Annual report of the Civil Veterinary Department, Bengal, for the year 1897-98 - 1897-1898
Year: 1897
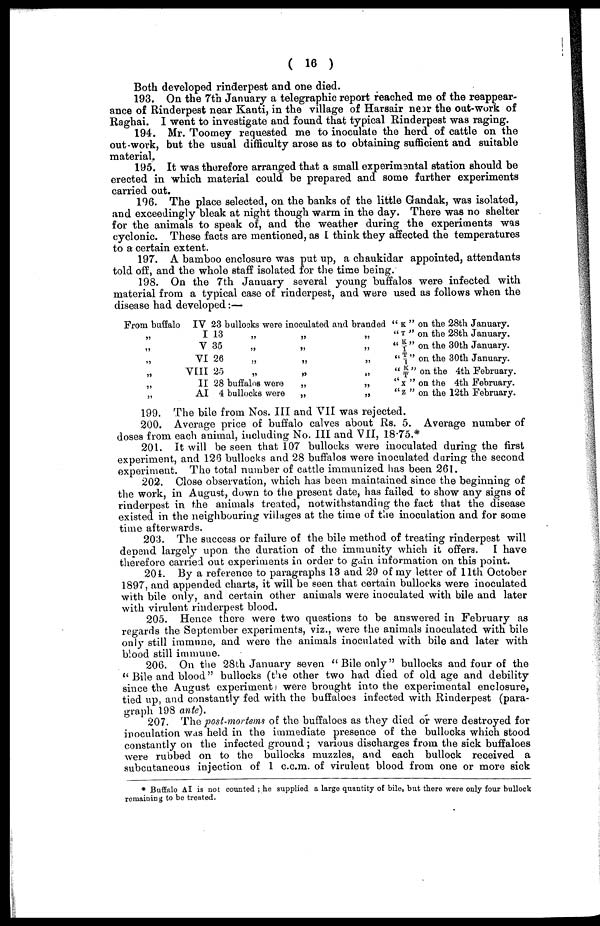
( 16 )
Both developed rinderpest and one died.
193. On the 7th January a telegraphic report reached me of the reappear-
ance of Rinderpest near Kanti, in the village of Harsair near the out-work of
Raghai. I went to investigate and found that typical Rinderpest was raging.
194. Mr. Toomey requested me to inoculate the herd of cattle on the
out-work, but the usual difficulty arose as to obtaining sufficient and suitable
material.
195. It was therefore arranged that a small experimantal station should be
erected in which material could be prepared and some further experiments
carried out.
196. The place selected, on the banks of the little Gandak, was isolated,
and exceedingly bleak at night though warm in the day. There was no shelter
for the animals to speak of, and the weather during the experiments was
cyclonic. These facts are mentioned, as I think they affected the temperatures
to a certain extent.
197. A bamboo enclosure was put up, a chaukidar appointed, attendants
told off, and the whole staff isolated for the time being.
198. On the 7th January several young buffalos were infected with
material from a typical case of rinderpest, and were used as follows when the
disease had developed:—
From buffalo
„
„
„
„
„
„
IV 23 bullocks were inoculated and branded
I 13 „
V 35 „
VI 26 „
VIII 25 „
II 28 buffalos were
AI 4 bullocks were
„
„
„
„
„
„
„
„
„
„
„
„
" K " on the 28th January.
" T " on the 28th January.
"K/T" on the 30th January.
"T/I" on the 30th January.
" K/T" on the 4th February.
"X " on the 4th February.
" Z " on the 12th February.
199. The bile from Nos. III and VII was rejected.
200. Average price of buffalo calves about Rs. 5. Average number of
doses from each animal, including No. III and VII, 18.75.*
201. It will be seen that 107 bullocks were inoculated during the first
experiment, and 126 bullocks and 28 buffalos were inoculated daring the second
experiment. The total number of cattle immunized has been 261.
202. Close observation, which has been maintained since the beginning of
the work, in August, down to the present date, has failed to show any signs of
rinderpest in the animals treated, notwithstanding the fact that the disease
existed in the neighbouring villages at the time of the inoculation and for some
time afterwards.
203. The success or failure of the bile method of treating rinderpest will
depend largely upon the duration of the immunity which it offers.
I have
therefore carried out experiments in order to gain information on this point.
204. By a reference to paragraphs 13 and 29 of my letter of 11th October
1897, and appended charts, it will be seen that certain bullocks were inoculated
with bile only, and certain other animals were inoculated with bile and later
with virulent rinderpest blood.
205. Hence there were two questions to be answered in February as
regards the September experiments, viz., were the animals inoculated with bile
only still immune, and were the animals inoculated with bile and later with
blood still immune.
206. On the 28th January seven "Bile only" bullocks and four of the
" Bile and blood" bullocks (the other two had died of old age and debility
since the August experiment were brought into the experimental enclosure,
tied up, and constantly fed with the buffaloes infected with Rinderpest (para-
graph 198 ante).
207. The post-mortems of the buffaloes as they died or were destroyed for
inoculation was held in the immediate presence of the bullocks which stood
constantly on the infected ground ; various discharges from the sick buffaloes
were rubbed on to the bullocks muzzles, and each bullock received a
subcutaneous injection of 1 c.c.m. of virulent blood from one or more sick
* Buffalo AI is not counted ; he supplied a large quantity of bile, but there were only four bullock
remaining to be treated.